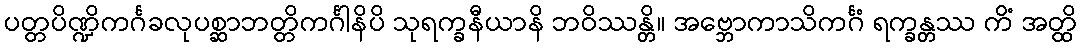
ပတ္တပိဏ္ဍိကင်္ဂခလုပစ္ဆာဘတ္တိကင်္ဂါနိပိ သုရက္ခနီယာနိ ဘဝိဿန္တိ။ အဗ္ဘောကာသိကင်္ဂံ ရက္ခန္တဿ ကိံ အတ္ထိ